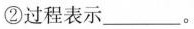
②过程表示___。